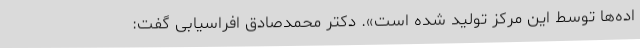
اده‌ها توسط این مرکز تولید شده است». دکتر محمدصادق افراسیابی گفت: